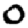
Digit: 0